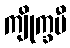
ကျိုက္ခမီ